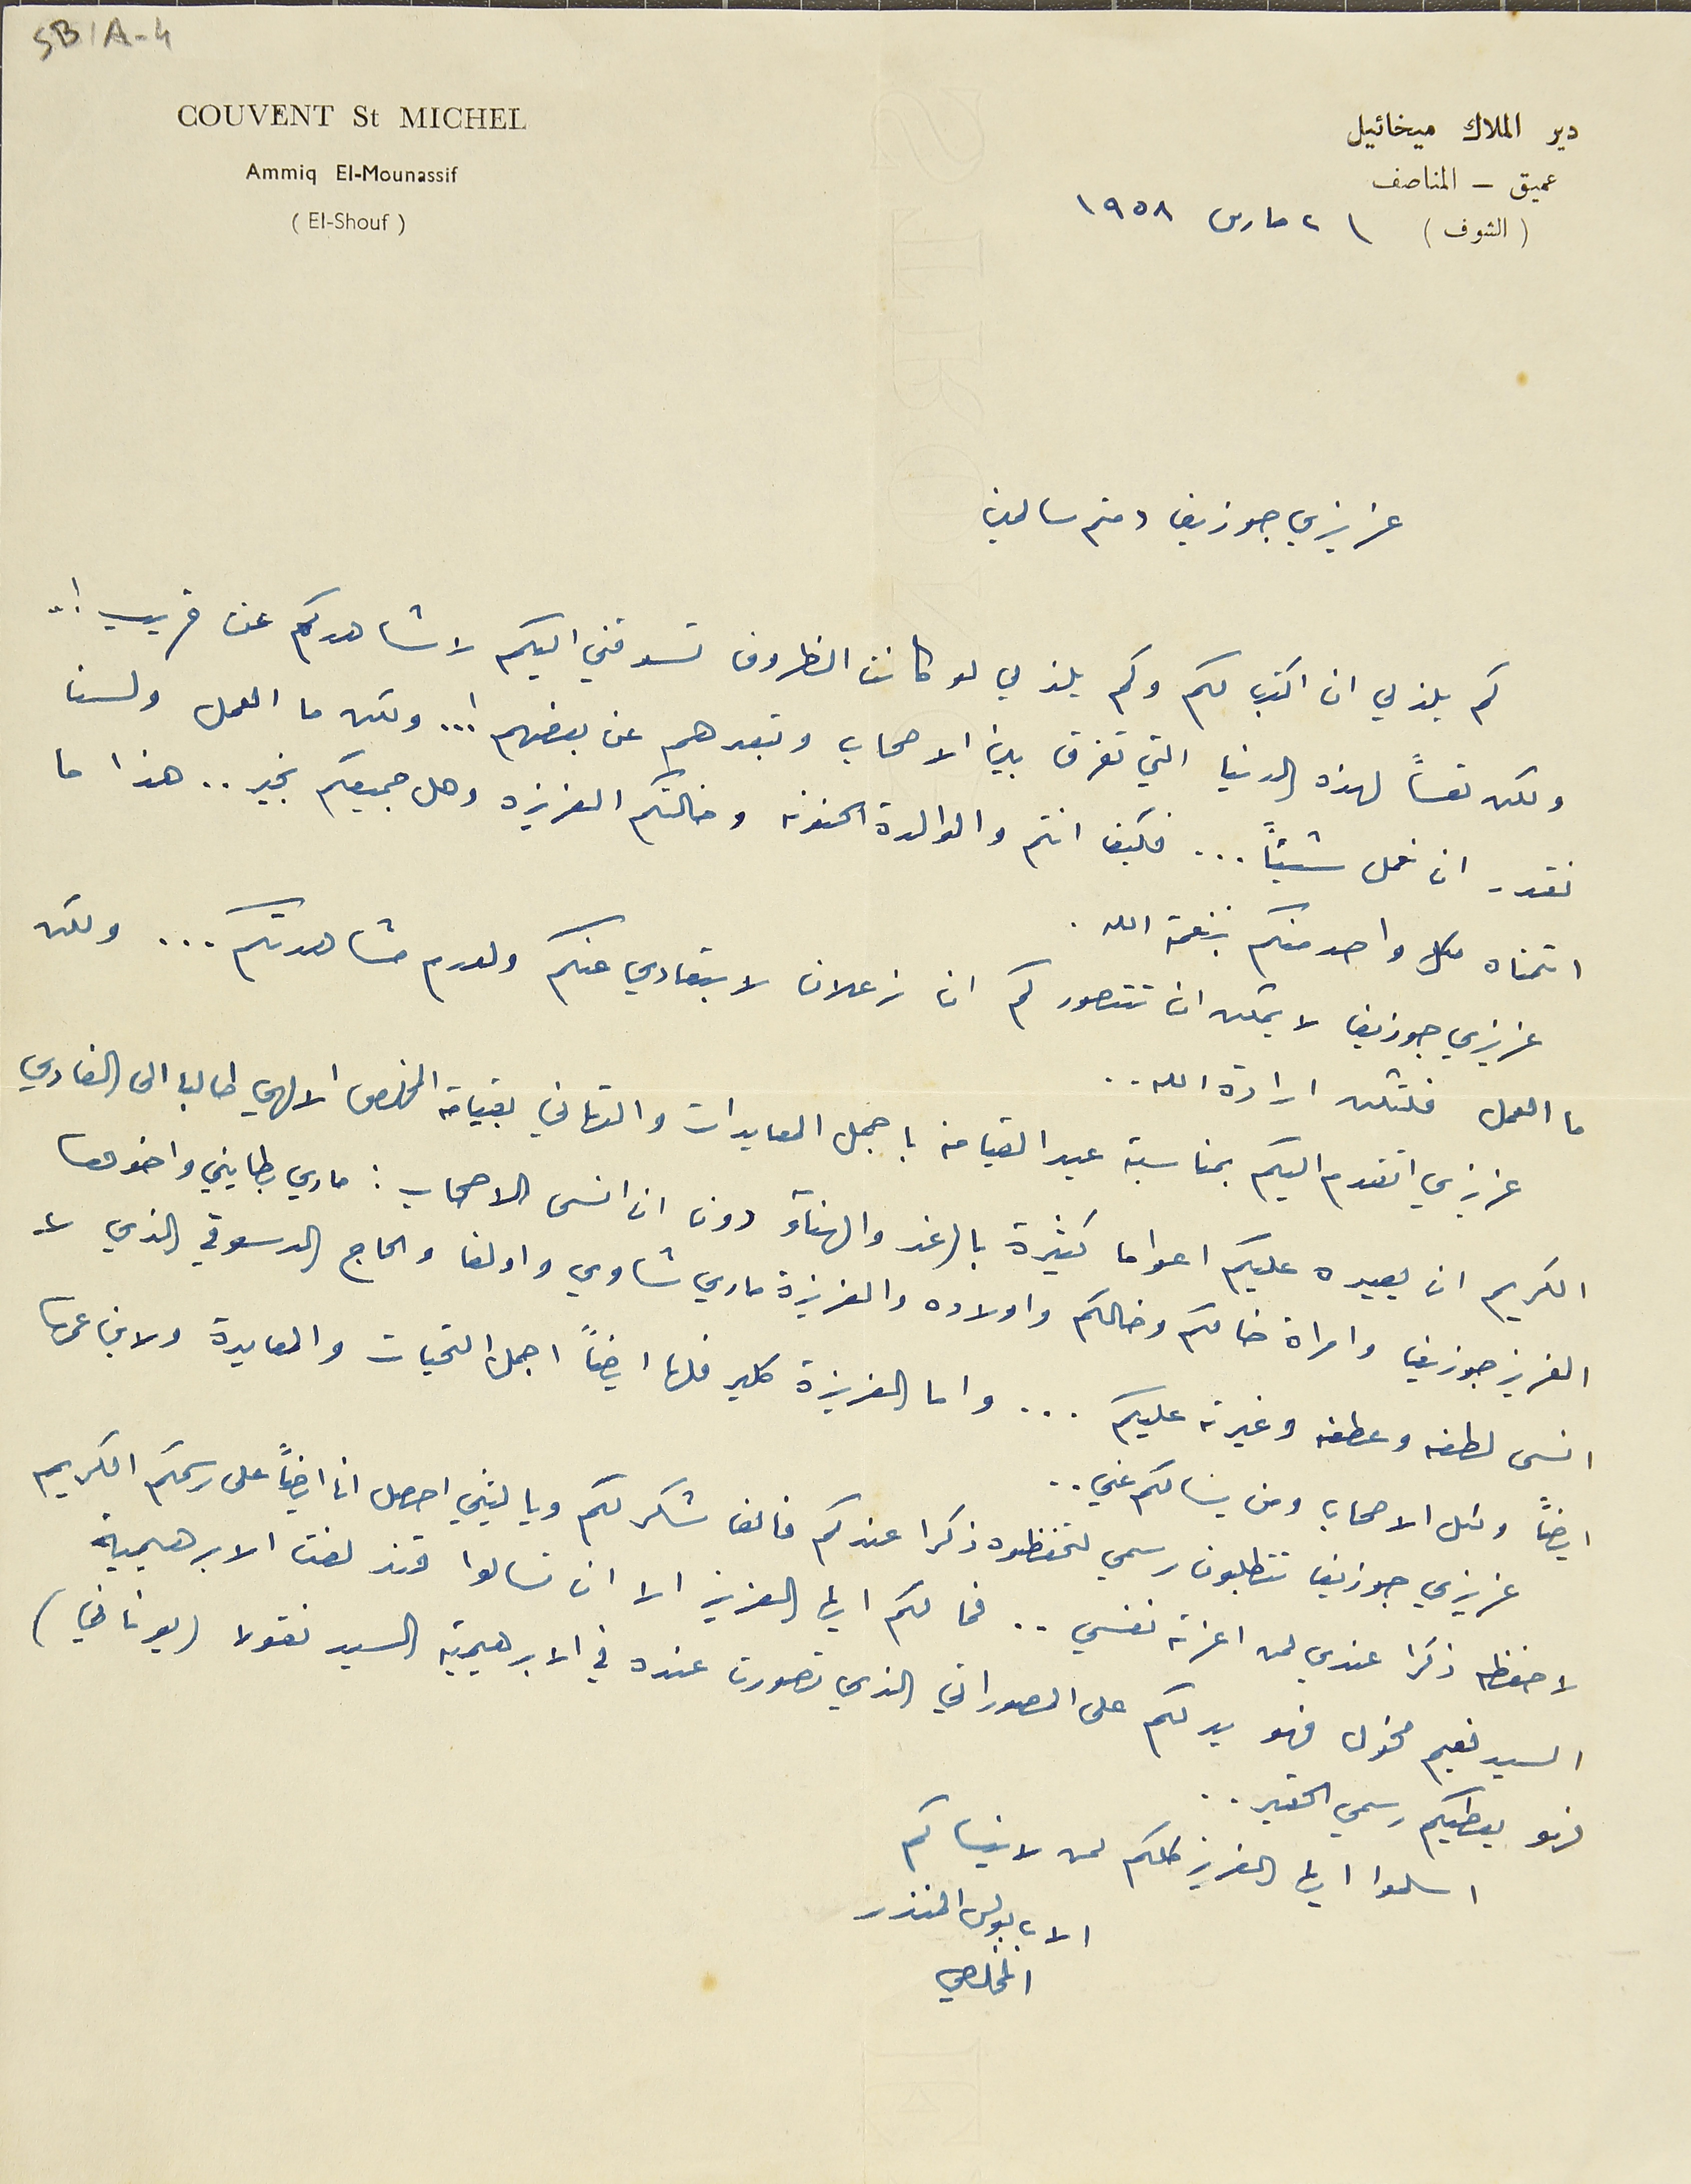
Couvent St Michel
دير الملاك ميخائيل
 Ammiq El-Mounassif
عميق – المناصف
(الشوف) ٢ ماس ١٩٥٨
( El-Shouf)
عزيزي جوزيف دمتم سالمين
كم يلذني ان اكتب لكم وكم يلذني لو كانت الظروف تسوقني اليكم لاشاهدكم عن قريب ! ..
ولكن تعساً لهذه الدنيا التي تفرق بين الاصحاب وتبعدهم عن بعضهم !... ولكن ما العمل ولسنا
نقدر ان نعمل شيئاً ... فكيف انتم والوالدة الحنونه وخالتكم العزيزه وهل جميعكم بخير.. هذا ما
اتمناه كل واحد منكم بنعمة الله.
عزيزي جوزيف لا يمكن ان تتصور كم انا زعلان لابتعادي عنكم ولعدم مشاهدتكم... ولكن
ما العمل فلتكن ارادة الله..
عزيزي اتقدم اليكم بمناسبة عيد القيامة باجمل المعايدات والتهاني بقيامة المخلص الالهي طالبا الى الفادي
الكريم ان يعيده عليكم اعواما كثيرة بالرغد والهناء دون ان انسى الاصحاب: ماري بطايني واخوها
العزيز جوزيف وامراة خالكم وخالكم واولاده والعزيزة ماري شاوي واولغا والحاج الدسوقي الذي لا
انسى لطفه وعطفه وغيرته عليكم ... واما العزيزة كلير فلها ايضاً اجمل التحيات والمعايدة ولابن عمها
ايضاً وكل الاصحاب ومن يسالكم عني..
عزيزي جوزيف تتطلبون رسمي لتحفظوه ذكرا عندكم فالف شكر لكم ويا ليتني احصل انا ايضاً على رسمكم الكريم
لاحفظه ذكرا عندي لمن اعزته نفسي .. فما لكم ايها العزيز الا ان تسالوا قندلفت الابرهيمية
السيد نعيم مخول فهو يدلكم على المصوراتي الذي تصورت عنده في الابرهيمية السيد نقولا (يوناني)
فهو يعطيكم رسمي الحقير..
اسلموا ايها العزيز كلكم لمن لا ينساكم
الاب بولس المنذر
المخلصي
SB1A-4